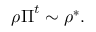
\boldsymbol { \rho } \boldsymbol { \Pi } ^ { t } \sim \boldsymbol { \rho } ^ { * } .